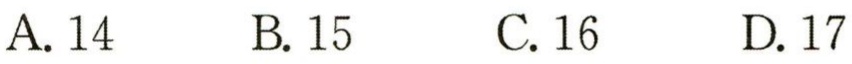
A. 14\qquad B. 15\qquad C. 16\qquad D. 17